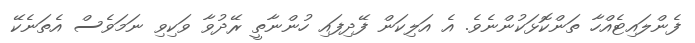
ފެންލައިޓެއްހާ ތަންކޮޅަކުންނެވެ. އެ އަލިކަން ފޭދިފައި ހުންނާތީ ރޭދުވާ ވަކިވި ނަމަވެސް އެތަނެކޭ